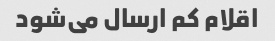
اقلام کم ارسال می‌شود